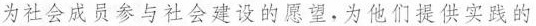
为社会成员参与社会建设的愿望.为他们提供实践的